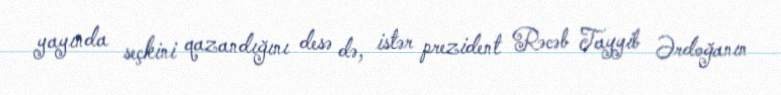
yayında seçkini qazandığını desə də, istər prezident Rəcəb Tayyib Ərdoğanın